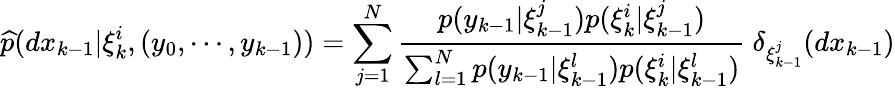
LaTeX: {\widehat{p}}(dx_{k-1}|\xi_{k}^{i},(y_{0},\cdots,y_{k-1}))=\sum_{j=1}^{N}{\frac{p(y_{k-1}|\xi_{k-1}^{j})p(\xi_{k}^{i}|\xi_{k-1}^{j})}{\sum_{l=1}^{N}p(y_{k-1}|\xi_{k-1}^{l})p(\xi_{k}^{i}|\xi_{k-1}^{l})}}~\delta_{\xi_{k-1}^{j}}(dx_{k-1})